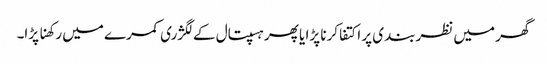
گھر میں نظربندی پر اکتفا کرنا پڑا یا پھر ہسپتال کے لگژری کمرے میں رکھنا پڑا۔